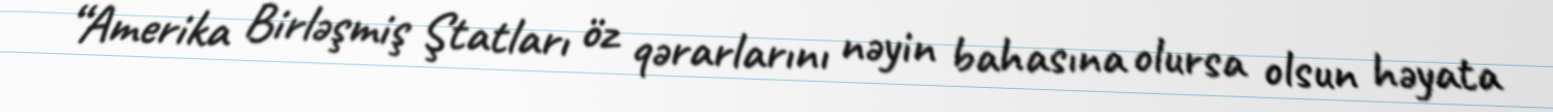
“Amerika Birləşmiş Ştatları öz qərarlarını nəyin bahasına olursa olsun həyata